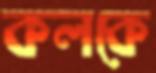
কলকে